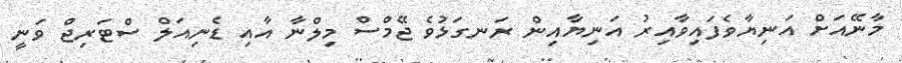
މާނޭއަށް އަނިޔާވެފައިވާއިރު އަނިޔާއިން ރަނގަޅުވެ ޖޭމްސް މިލްނާ އާއި ޑެނިއަލް ސްޓަރިޖް ވަނީ